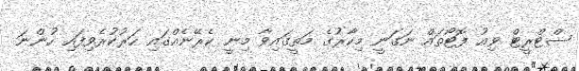
ސްޓްރީޓް ވިއު ފޮޓޯތައް ނަގަނީ މިކާރުގެ މަތީގައިވާ މިނީ ކެރޭނެއްގައި ހަރުކުރެވިފައި ހުންނަ